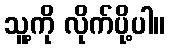
သူ့ကို လိုက်ပို့ပါ။